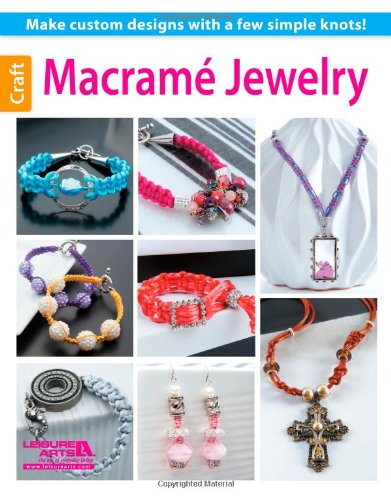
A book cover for Macrame Jewelry; Leisure Arts; Crafts, Hobbies & Home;